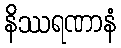
နိဿရဏာနံ